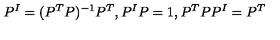
P ^ { I } = ( P ^ { T } P ) ^ { - 1 } P ^ { T } , P ^ { I } P = 1 , P ^ { T } P P ^ { I } = P ^ { T }